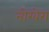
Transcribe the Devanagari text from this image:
नोग्वेरा